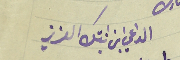
الداعي ابن ابنتك العزيز